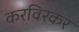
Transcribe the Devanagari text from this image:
करविरकर